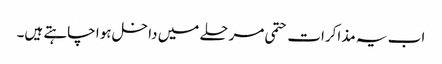
اب یہ مذاکرات حتمی مرحلے میں داخل ہوا چاہتے ہیں۔